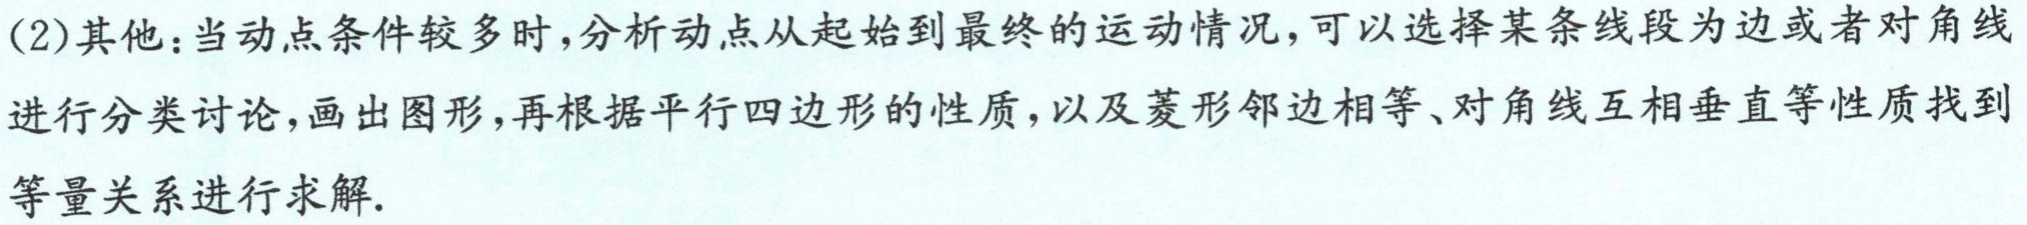
(2)其他：当动点条件较多时，分析动点从起始到最终的运动情况，可以选择某条线段为边或者对角线
进行分类讨论，画出图形，再根据平行四边形的性质，以及菱形邻边相等、对角线互相垂直等性质找到
等量关系进行求解.